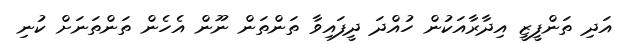
އަދި ތަންފީޒީ އިދާރާއަކުން ހުއްދަ ދީފައިވާ ތަންތަން ނޫން އެހެން ތަންތަނަށް ކުނި